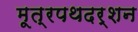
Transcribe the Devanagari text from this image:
मूत्रपथदर्शन